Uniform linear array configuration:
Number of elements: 4
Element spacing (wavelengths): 0.5
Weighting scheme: hamming
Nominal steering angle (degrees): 45
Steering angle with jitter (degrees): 46.064
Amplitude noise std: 0.05
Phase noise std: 0.05

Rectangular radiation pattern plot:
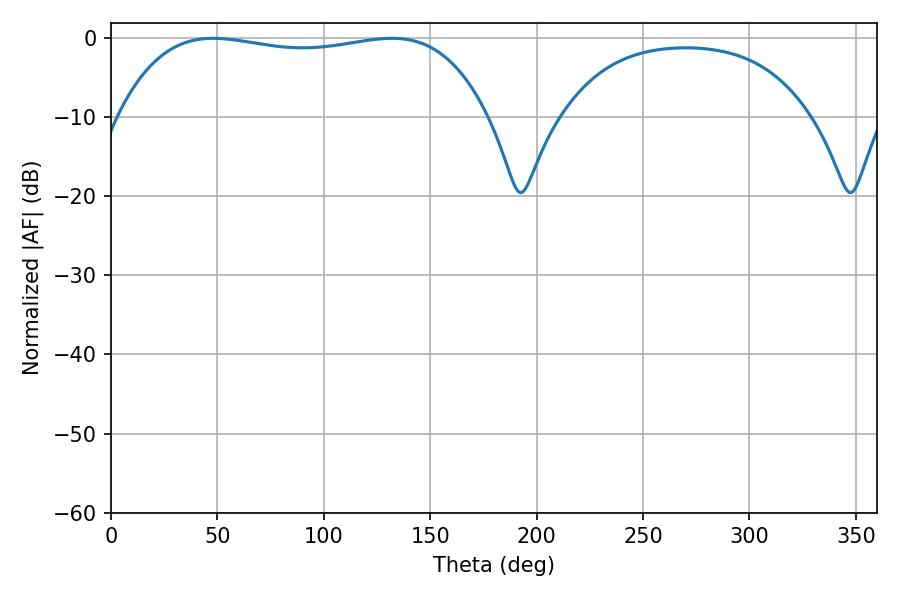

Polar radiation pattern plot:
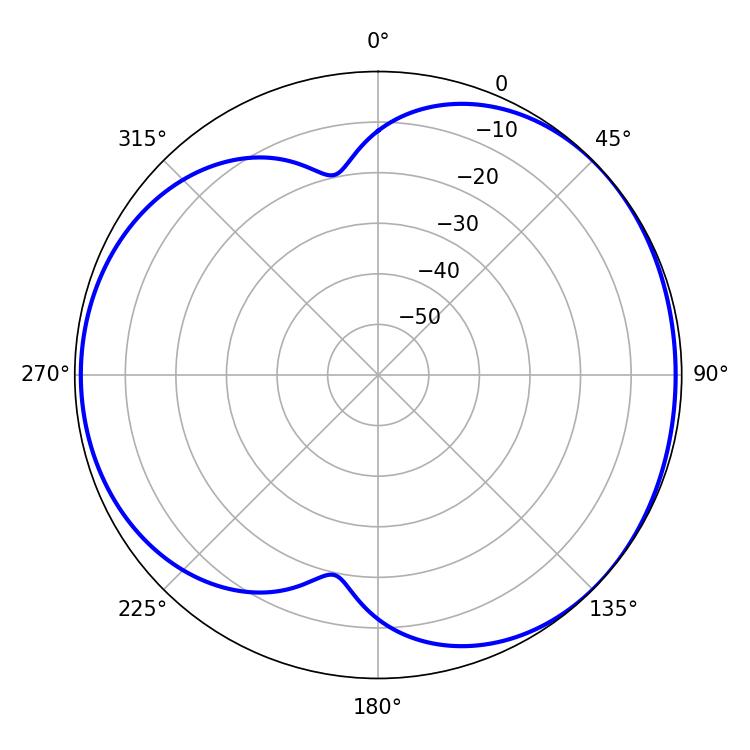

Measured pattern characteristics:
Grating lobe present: FALSE
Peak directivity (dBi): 4.393
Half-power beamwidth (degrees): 139.32
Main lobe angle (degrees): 48.06